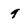
Character: 9